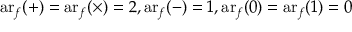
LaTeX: \operatorname { a r } _ { f } ( + ) = \operatorname { a r } _ { f } ( \times ) = 2 , \operatorname { a r } _ { f } ( - ) = 1 , \operatorname { a r } _ { f } ( 0 ) = \operatorname { a r } _ { f } ( 1 ) = 0